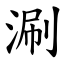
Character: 涮